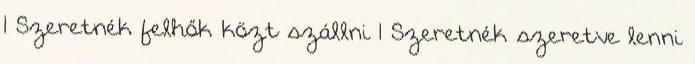
1 Szeretnék felhők közt szállni 1 Szeretnék szeretve lenni